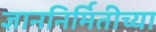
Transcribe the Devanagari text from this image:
ज्ञाननिर्मितीच्या